Report of an investigation into the causes of malaria in Bombay and the measures necessary for its control
Disease focus: Malaria
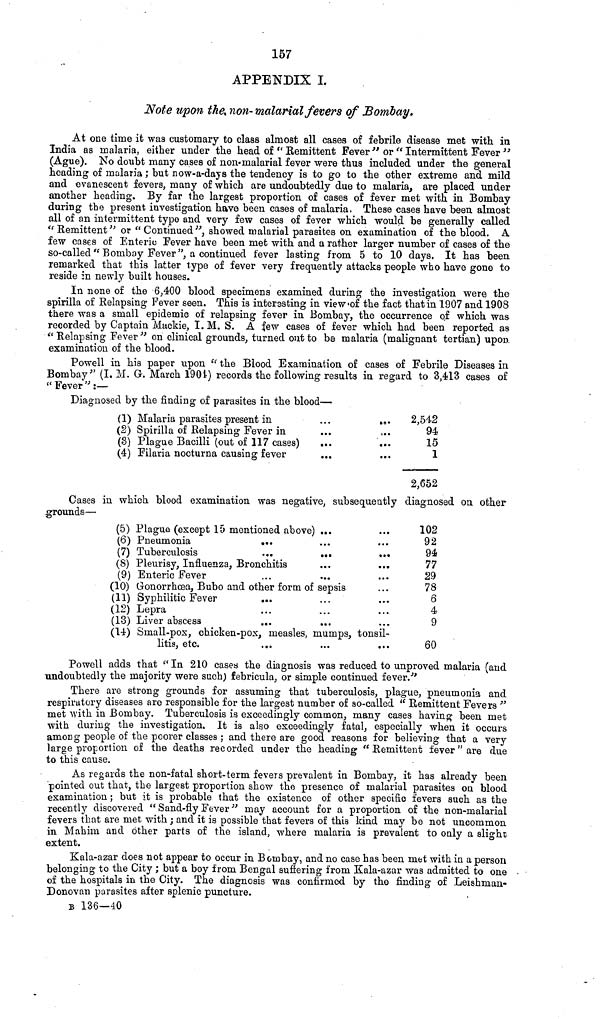
157
APPENDIX I.
Note upon the, non- malarial fevers of Bombay.
At one time it was customary to class almost all cases of febrile disease met with in
India as malaria, either under the head of " Remittent Fever " or " Intermittent Fever "
(Ague). No doubt many cases of non-malarial fever were thus included under the general
heading of malaria ; but now-a-days the tendency is to go to the other extreme and mild
and evanescent fevers, many of which are undoubtedly due to malaria, are placed under
another heading. By far the largest proportion of cases of fever met with in Bombay
during the present investigation have been cases of malaria. These cases have been almost
all of an intermittent type and very few cases of fever which would be generally called
"Remittent'' or "Continued", showed malarial parasites on examination of the blood. A
few cases of Enteric Fever have been met with and a rather larger number of cases of the
so-called "Bombay Fever", a continued fever lasting from 5 to 10 days. It has been
remarked that this latter type of fever very frequently attacks people who have gone to
reside in newly built houses.
In none of the 6,400 blood specimens examined during the investigation were the
spirilla of Relapsing Fever seen. This is interesting in view of the fact that in 1907 and 1908
there was a small epidemic of relapsing fever in Bombay, the occurrence of which was
recorded by Captain Mackie, I. M. S. A few cases of fever which had been reported as
"Relapsing Fever" on clinical grounds, turned out to be malaria (malignant tertian) upon
examination of the blood.
Powell in his paper upon " the Blood Examination of cases of Febrile Diseases in
Bombay " (I. M. G. March 1901) records the following results in regard to 3,413 cases of
" Fever " :—
Diagnosed by the finding of parasites in the blood—
(1) Malaria parasites present in
(2) Spirilla of Relapsing Fever in
(3) Plague Bacilli (out of 117 cases)
...
(4) Filaría nocturna causing fever
...
...
...
2,542
94
15
1
2,652
Cases in which blood examination was negative, subsequently diagnosed on other
grounds—
(5) Plague (except 15 mentioned above) ...
(6) Pneumonia
...
(7) Tuberculosis
...
...
(8) Pleurisy, Influenza, Bronchitis
(9) Enteric Fever
(10) Gonorrhoea, Bubo and other form of sepsis
(11) Syphilitic Fever
(12) Lepra
(13) Liver abscess
...
102
92
94
77
29
78
6
4
9
(14) Small-pox, chicken-pox, measles, mumps, tonsil-
litis, etc.
60
Powell adds that "In 210 cases the diagnosis was reduced to unproved malaria (and
undoubtedly the majority were such) febrícula, or simple continued fever.""
There are strong grounds for assuming that tuberculosis, plague, pneumonia and
respiratory diseases are responsible for the largest number of so-called " Remittent Fevers "
met "with in Bombay. Tuberculosis is exceedingly common, many cases having been met
with during the investigation. It is also exceedingly fatal, especially when it occurs
among people of the poorer classes ; and there are good reasons for believing that a very
large proportion of the deaths recorded under the heading "Remittent fever " are due
to this cause.
As regards the non-fatal short-term fevers prevalent in Bombay, it has already been
pointed out that, the largest proportion show the presence of malarial parasites on blood
examination ; but it is probable that the existence of other specific fevers such as the
recently discovered " Sand-fly Fever " may account for a proportion of the non-malarial
fevers that are met with ; and it is possible that fevers of this kind may be not uncommon
in Mabim and other parts of the island, where malaria is prevalent to only a slight
extent.
Kala-azar does not appear to occur in Bombay, and no case has been met with in a person
belonging to the City ; but a boy from Bengal suffering from Kala-azar was admitted to one
of the hospitals in the City. The diagnosis was confirmed by the finding of Leishman-
Donovan parasites after splenic puncture.
B 136—40